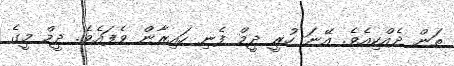
ތަން ދެއްކިއެވެ. އޭނަ ހުރީ ދީމް ފެނި ހައިރާން ވެފައެވެ. ދީމް މީގެ